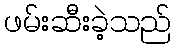
ဖမ်းဆီးခဲ့သည်